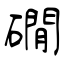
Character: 礀